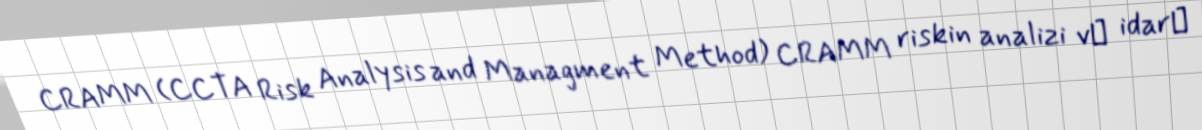
CRAMM (CCTA Risk Analysis and Managment Method) CRAMM riskin analizi vә idarә